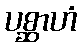
ပစ္ဆာဟံ